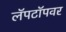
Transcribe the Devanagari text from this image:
लॅपटॉपवर